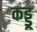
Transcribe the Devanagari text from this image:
कड्डू